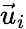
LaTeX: \vec{u}_{i}